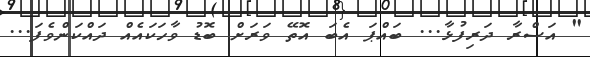
" އަސްރާ ދަރިފުޅާ... ބައްޕަ އެބަ އޮތޭ ވަރަށް ބޮޑު ވާހަކައެއް ދައްކަންވެފަ...